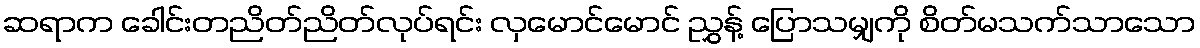
ဆရာက ခေါင်းတညိတ်ညိတ်လုပ်ရင်း လှမောင်မောင် ညွှန့် ပြောသမျှကို စိတ်မသက်သာသော